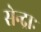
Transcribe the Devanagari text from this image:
सेन्द्राः